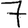
Digit: 7